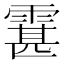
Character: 䨢